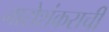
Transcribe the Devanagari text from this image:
नारोशंकराची